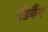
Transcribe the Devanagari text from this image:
ग्रैंडकैंप